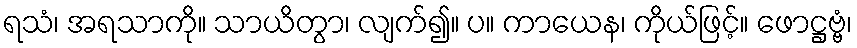
ရသံ၊ အရသာကို။ သာယိတွာ၊ လျက်၍။ ပ။ ကာယေန၊ ကိုယ်ဖြင့်။ ဖောဋ္ဌဗ္ဗံ၊